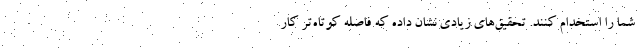
شما را استخدام کنند. تحقیق‌های زیادی نشان داده که فاصله کوتاه‌تر کار